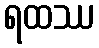
ရထဿ